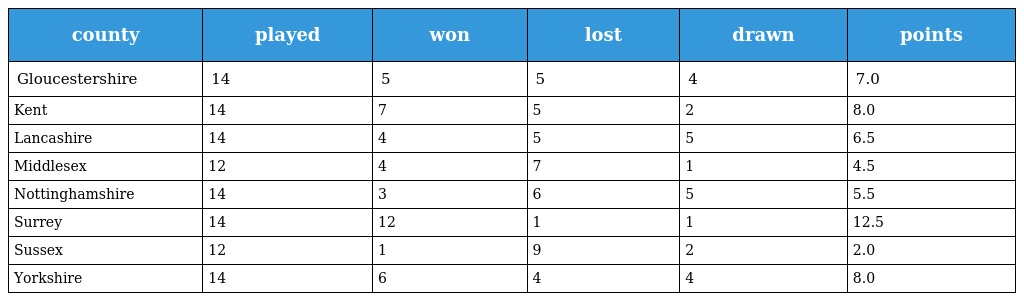
| county | played | won | lost | drawn | points |
 | --- | --- | --- | --- | --- | --- |
 | Gloucestershire | 14 | 5 | 5 | 4 | 7.0 |
 | Kent | 14 | 7 | 5 | 2 | 8.0 |
 | Lancashire | 14 | 4 | 5 | 5 | 6.5 |
 | Middlesex | 12 | 4 | 7 | 1 | 4.5 |
 | Nottinghamshire | 14 | 3 | 6 | 5 | 5.5 |
 | Surrey | 14 | 12 | 1 | 1 | 12.5 |
 | Sussex | 12 | 1 | 9 | 2 | 2.0 |
 | Yorkshire | 14 | 6 | 4 | 4 | 8.0 |